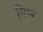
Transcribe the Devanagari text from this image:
न्तिन